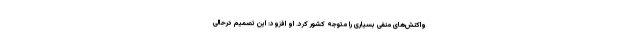
واکنش‌های منفی بسیاری را متوجه کشور کرد. او افزود: این تصمیم در‌حالی